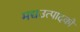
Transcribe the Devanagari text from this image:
मद्यउत्पादकों